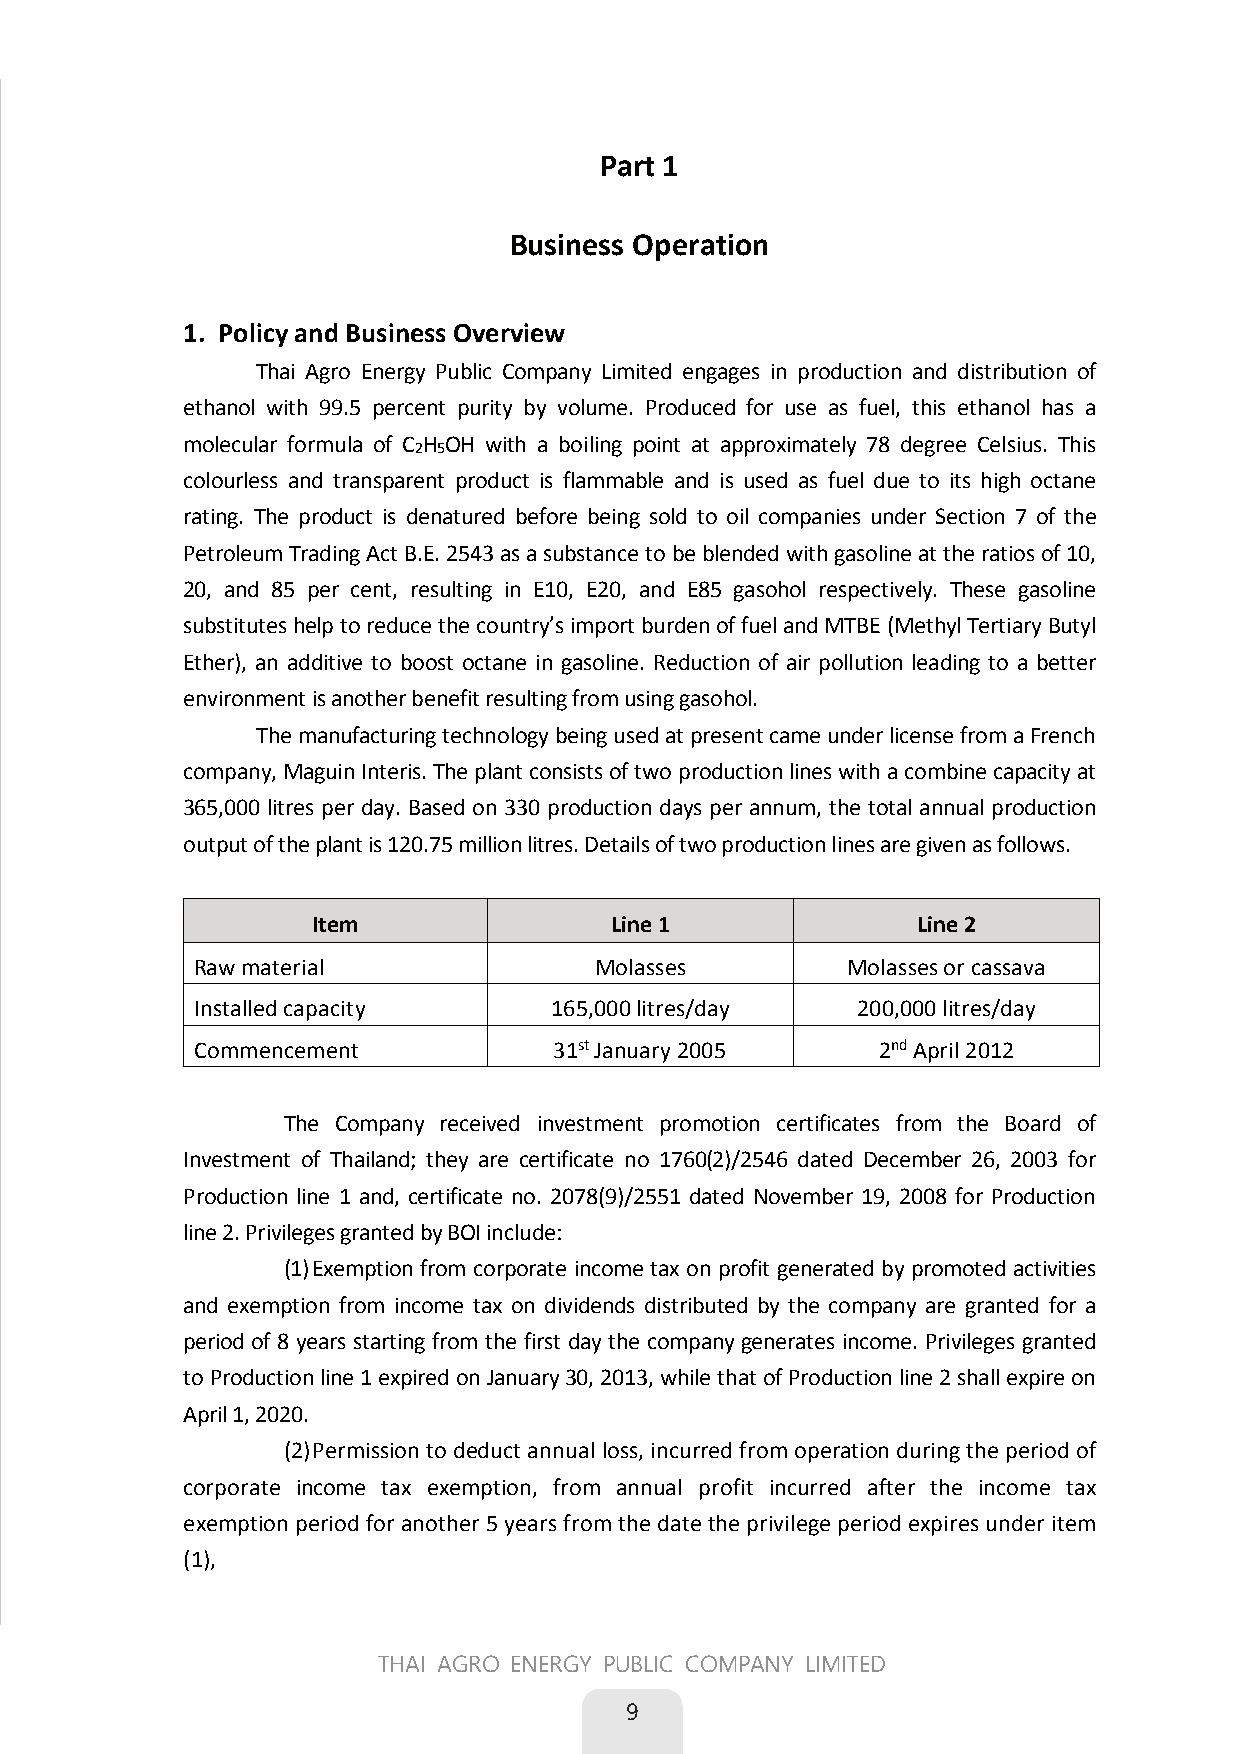
Part 1
 Business Operation
 1. Policy and Business Overview
 Thai Agro Energy Public Company Limited engages in production and distribution of
 ethanol with 99.5 percent purity by volume. Produced for use as fuel, this ethanol has a
 molecular formula of C H OH with a boiling point at approximately 78 degree Celsius. This
 2 5
 colourless and transparent product is flammable and is used as fuel due to its high octane
 rating. The product is denatured before being sold to oil companies under Section 7 of the
 Petroleum Trading Act B.E. 2543 as a substance to be blended with gasoline at the ratios of 10,
 20, and 85 per cent, resulting in E10, E20, and E85 gasohol respectively. These gasoline
 substitutes help to reduce the country’s import burden of fuel and MTBE (Methyl TertiaryButyl
 Ether), an additive to boost octane in gasoline. Reduction of air pollution leading to a better
 environment is another benefit resulting from using gasohol.
 The manufacturing technology being used at present came under license from a French
 company, Maguin Interis. The plant consists of two production lines with a combine capacity at
 365,000 litres per day. Based on 330 production days per annum, the total annual production
 output of the plant is 120.75 million litres. Details of two production lines are given as follows.
 Item               Line 1               Line 2
 Raw material              Molasses        Molasses or cassava
 Installed capacity     165,000litres/day   200,000 litres/day
 Commencement            31st January 2005    2nd April 2012
 The Company received investment promotion certificates from the Board of
 Investment of Thailand; they are certificate no 1760(2)/2546 dated December 26, 2003 for
 Production line 1 and, certificate no. 2078(9)/2551 dated November 19, 2008 for Production
 line 2. Privileges granted by BOI include:
 (1) Exemption from corporate income tax on profit generated by promoted activities
 and exemption from income tax on dividends distributed by the company are granted for a
 period of 8 years starting from the first day the company generates income. Privileges granted
 to Production line 1 expired on January 30, 2013, while that of Production line 2 shall expire on
 April 1, 2020.
 (2) Permission to deduct annual loss, incurred from operation during the period of
 corporate income tax exemption, from annual profit incurred after the income tax
 exemption period for another 5 years from the date the privilege period expires under item
 (1),
 1
 THAI AGRO ENERGY PUBLIC COMPANY LIMITED
 9